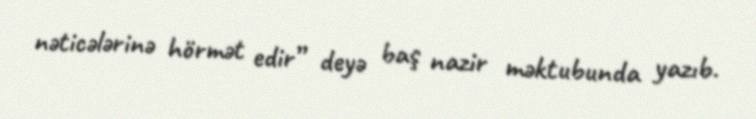
nəticələrinə hörmət edir” deyə baş nazir məktubunda yazıb.